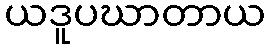
ယဒူပဃာတာယ